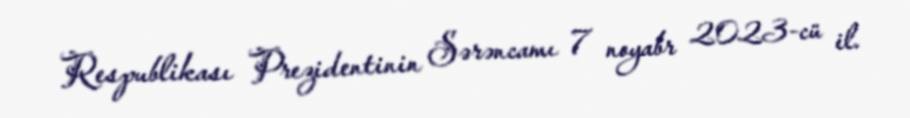
Respublikası Prezidentinin Sərəncamı 7 noyabr 2023-cü il.